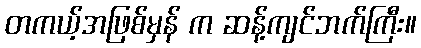
တကယ့်အဖြစ်မှန် က ဆန့်ကျင်ဘက်ကြီး။